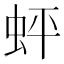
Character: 蚲